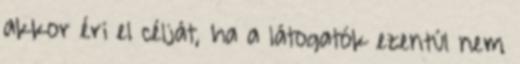
akkor éri el célját, ha a látogatók ezentúl nem